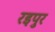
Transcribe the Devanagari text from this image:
रइपुर